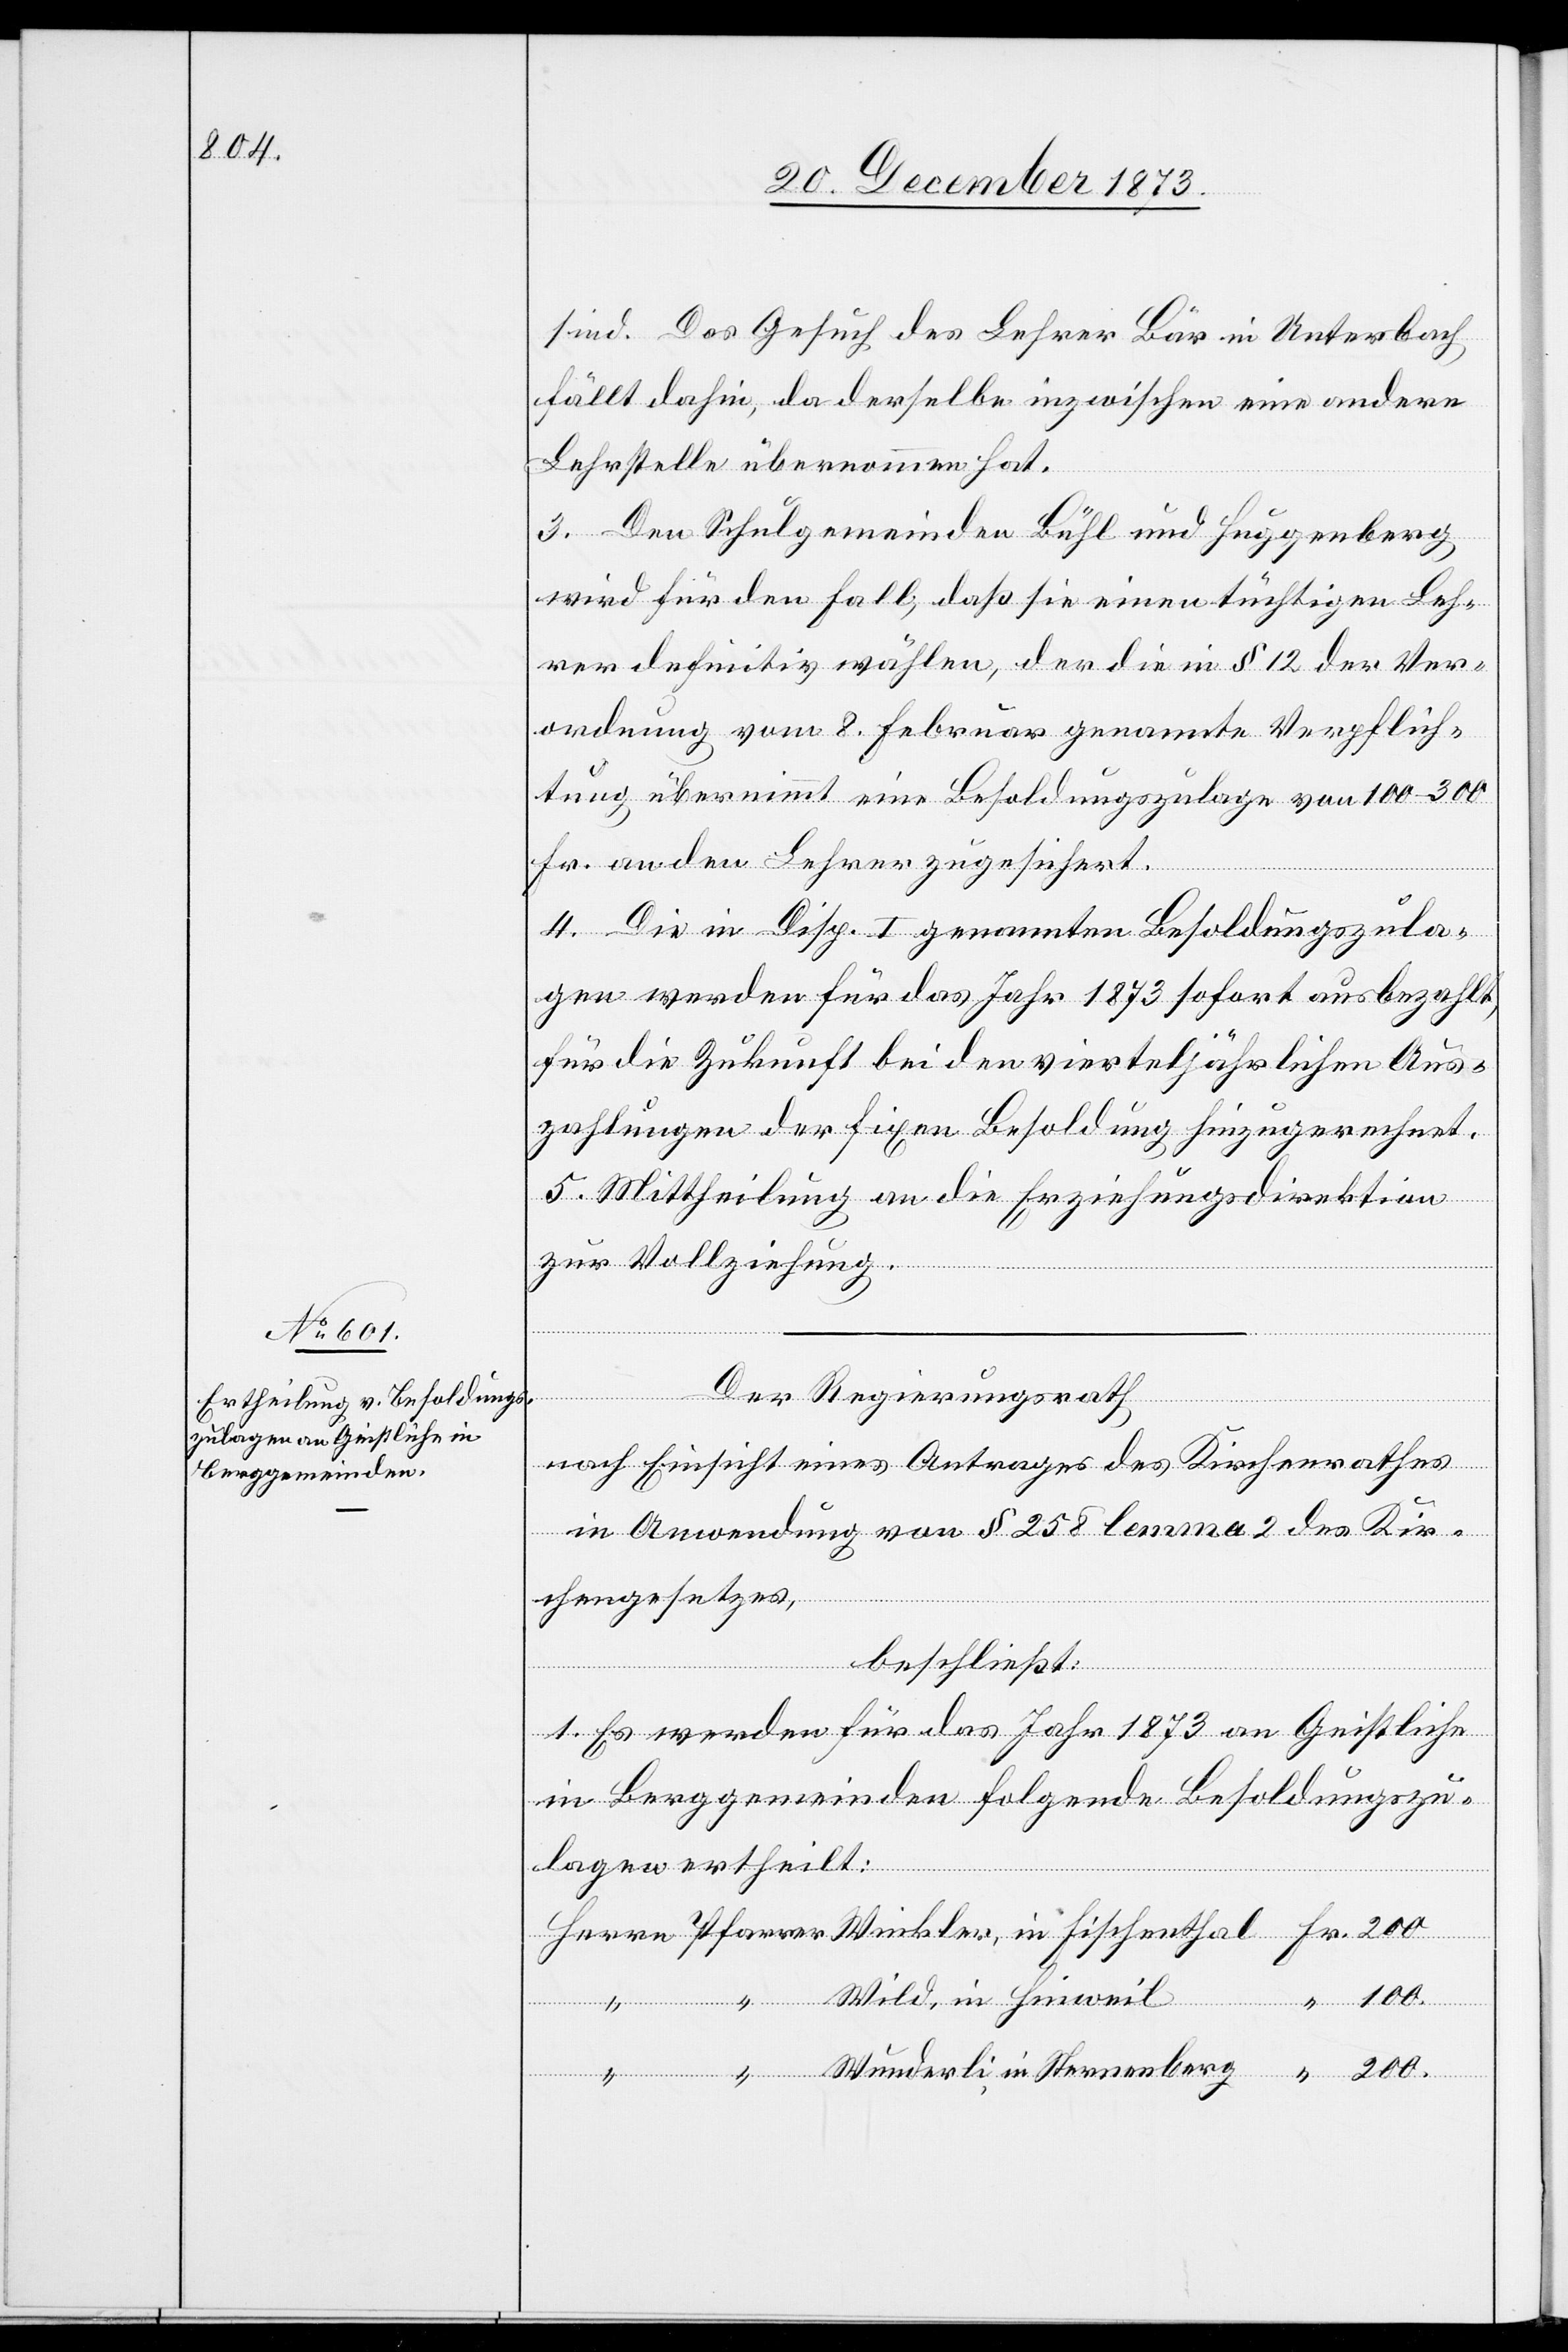
200.

sind. Das Gesuch des Lehrer Bär in Unterbach
fällt dahin, da derselbe inzwischen eine andere
Lehrstelle übernommen hat.
3. Den Schulgemeinden Bühl und Huggenberg
wird für den Fall, daß sie einen tüchtigen Leh¬
rer definitiv wählen, der die in § 12 der Ver¬
ordnung vom 8. Februar genannte Verpflich¬
tung übernimmt eine Besoldungszulage von 100–300
Fr. an den Lehrer zugesichert.
4. Die in Disp. I genannten Besoldungszula¬
gen werden für das Jahr 1873 sofort ausbezahlt,
für die Zukunft bei den vierteljährlichen Aus¬
zahlungen der fixen Besoldung hinzugerechnet.
5. Mittheilung an die Erziehungsdirektion
zur Vollziehung.
Wunderli, in Sternenberg
Der Regierungsrath
nach Einsicht eines Antrages des Kirchenrathes
in Anwendung von § 258 lemma 2 des Kir¬
chengesetzes,
beschließt:
1. Es werden für das Jahr 1873 an Geistliche
in Berggemeinden folgende Besoldungszu¬
Herrn
lagen ertheilt:
Wild, in Hinweil
Winkler, in